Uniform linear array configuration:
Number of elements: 16
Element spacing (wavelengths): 0.5
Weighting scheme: exponential
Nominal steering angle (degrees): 60
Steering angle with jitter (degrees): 61.477
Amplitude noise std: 0.05
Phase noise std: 0.05

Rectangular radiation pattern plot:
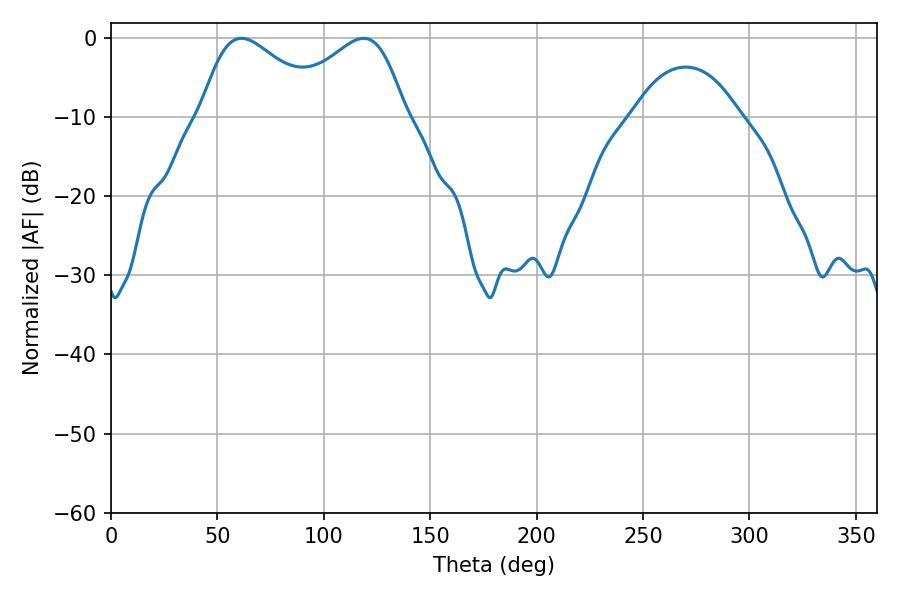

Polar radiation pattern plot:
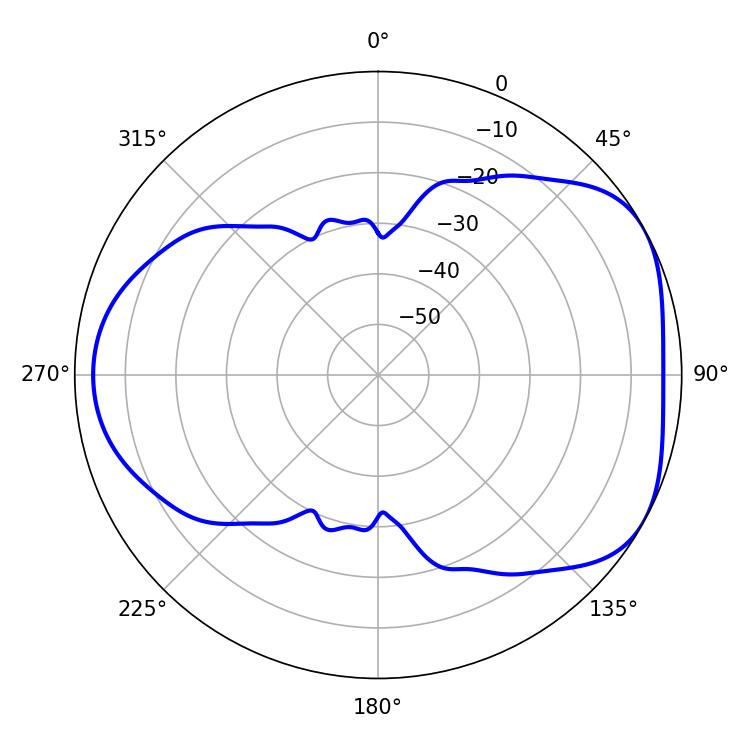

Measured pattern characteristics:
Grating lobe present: FALSE
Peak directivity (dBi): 4.64
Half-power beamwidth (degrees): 30.96
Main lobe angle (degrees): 61.38